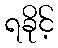
ရခိုင့်